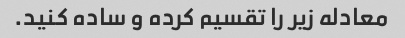
معادله زیر را تقسیم کرده و ساده کنید.